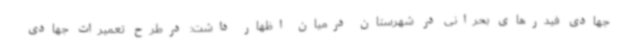
جهادی فیدرهای بحرانی در شهرستان درمیان اظهار داشت: درطرح تعمیرات جهادی